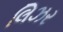
લિઝર